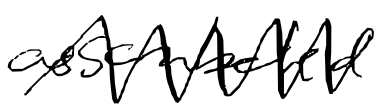
Text: assembled
Cross-out: zig-zag
Writing tool: digital_black